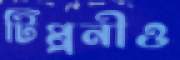
টিপ্পনীও